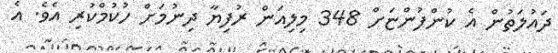
ދައުލަތުން އެ ކުންފުންޏަށް 348 މިލިއަން ރުފިޔާ ދިނުމަށް ހުކުމްކުރި އެވެ. އެ